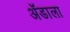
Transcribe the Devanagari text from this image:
ॲडाला